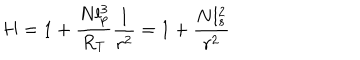
H = 1 + \frac { N l _ { p } ^ { 3 } } { R _ { T } } \frac { 1 } { r ^ { 2 } } = 1 + \frac { N l _ { s } ^ { 2 } } { r ^ { 2 } }